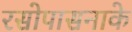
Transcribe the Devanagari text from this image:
रसोपासनाके